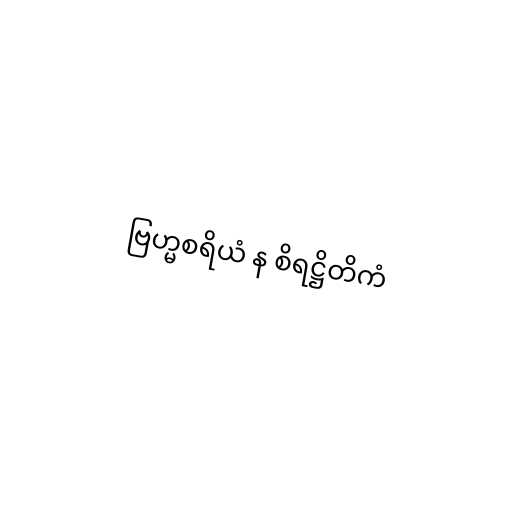
ဗြဟ္မစရိယံ န စိရဋ္ဌိတိကံ